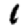
Digit: 1